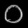
Digit: ၀